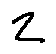
z